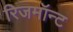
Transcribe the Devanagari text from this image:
रिजमॉन्ट